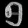
Digit: ၅